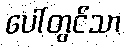
ပေါ်တွင်သာ